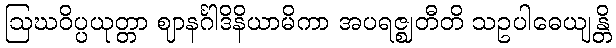
ဩဃဝိပ္ပယုတ္တာ ဈာနင်္ဂါဒိနိယာမိကာ အပရဇ္ဈတီတိ သဥပါဓေယျန္တိ